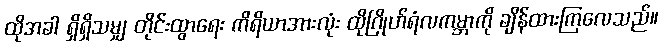
ထိုအခါ ရှိရှိသမျှ တိုင်းထွာရေး ကိရိယာအားလုံး ထိုဂြိုဟ်ရံလကမ္ဘာကို ချိန်ထားကြလေသည်။